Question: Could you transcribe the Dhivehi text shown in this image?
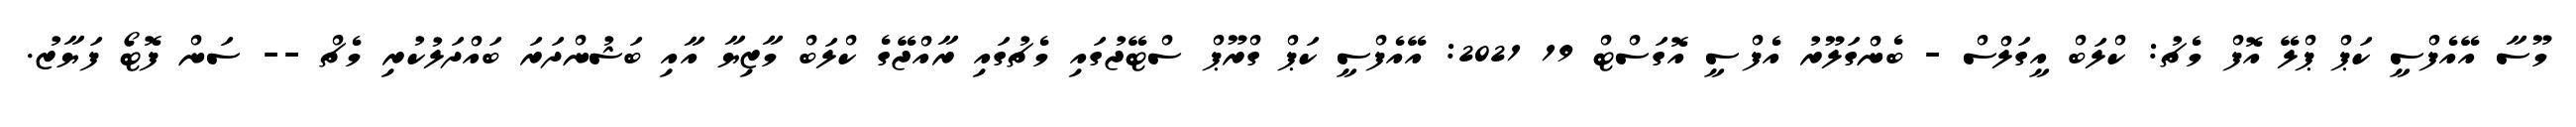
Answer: މޫސާ އޭއެފްސީ ކަޕް ޕްލޭ އޮފް މެޗު: ކްލަބް އީގަލްސް - ބެންގަލޫރު އެފްސީ އޮގަސްޓް 19 2021: އޭއެފްސީ ކަޕް ގްރޫޕް ސްޓޭޖުގައި މެޗުގައި ރާއްޖޭގެ ކްލަބް މާޒިޔާ އާއި ބަޝުންދަރަ ބައްދަލުކުރި މެޗް -- ސަން ފޮޓޯ ފަޔާޒު.